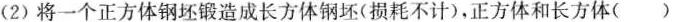
(2)将一个正方体钢坯锻造成长方体钢坯(损耗不计)，正方体和长方体()